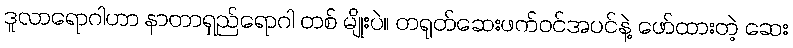
ဒူလာရောဂါဟာ နာတာရှည်ရောဂါ တစ် မျိုးပဲ။ တရုတ်ဆေးဖက်ဝင်အပင်နဲ့ ဖော်ထားတဲ့ ဆေး